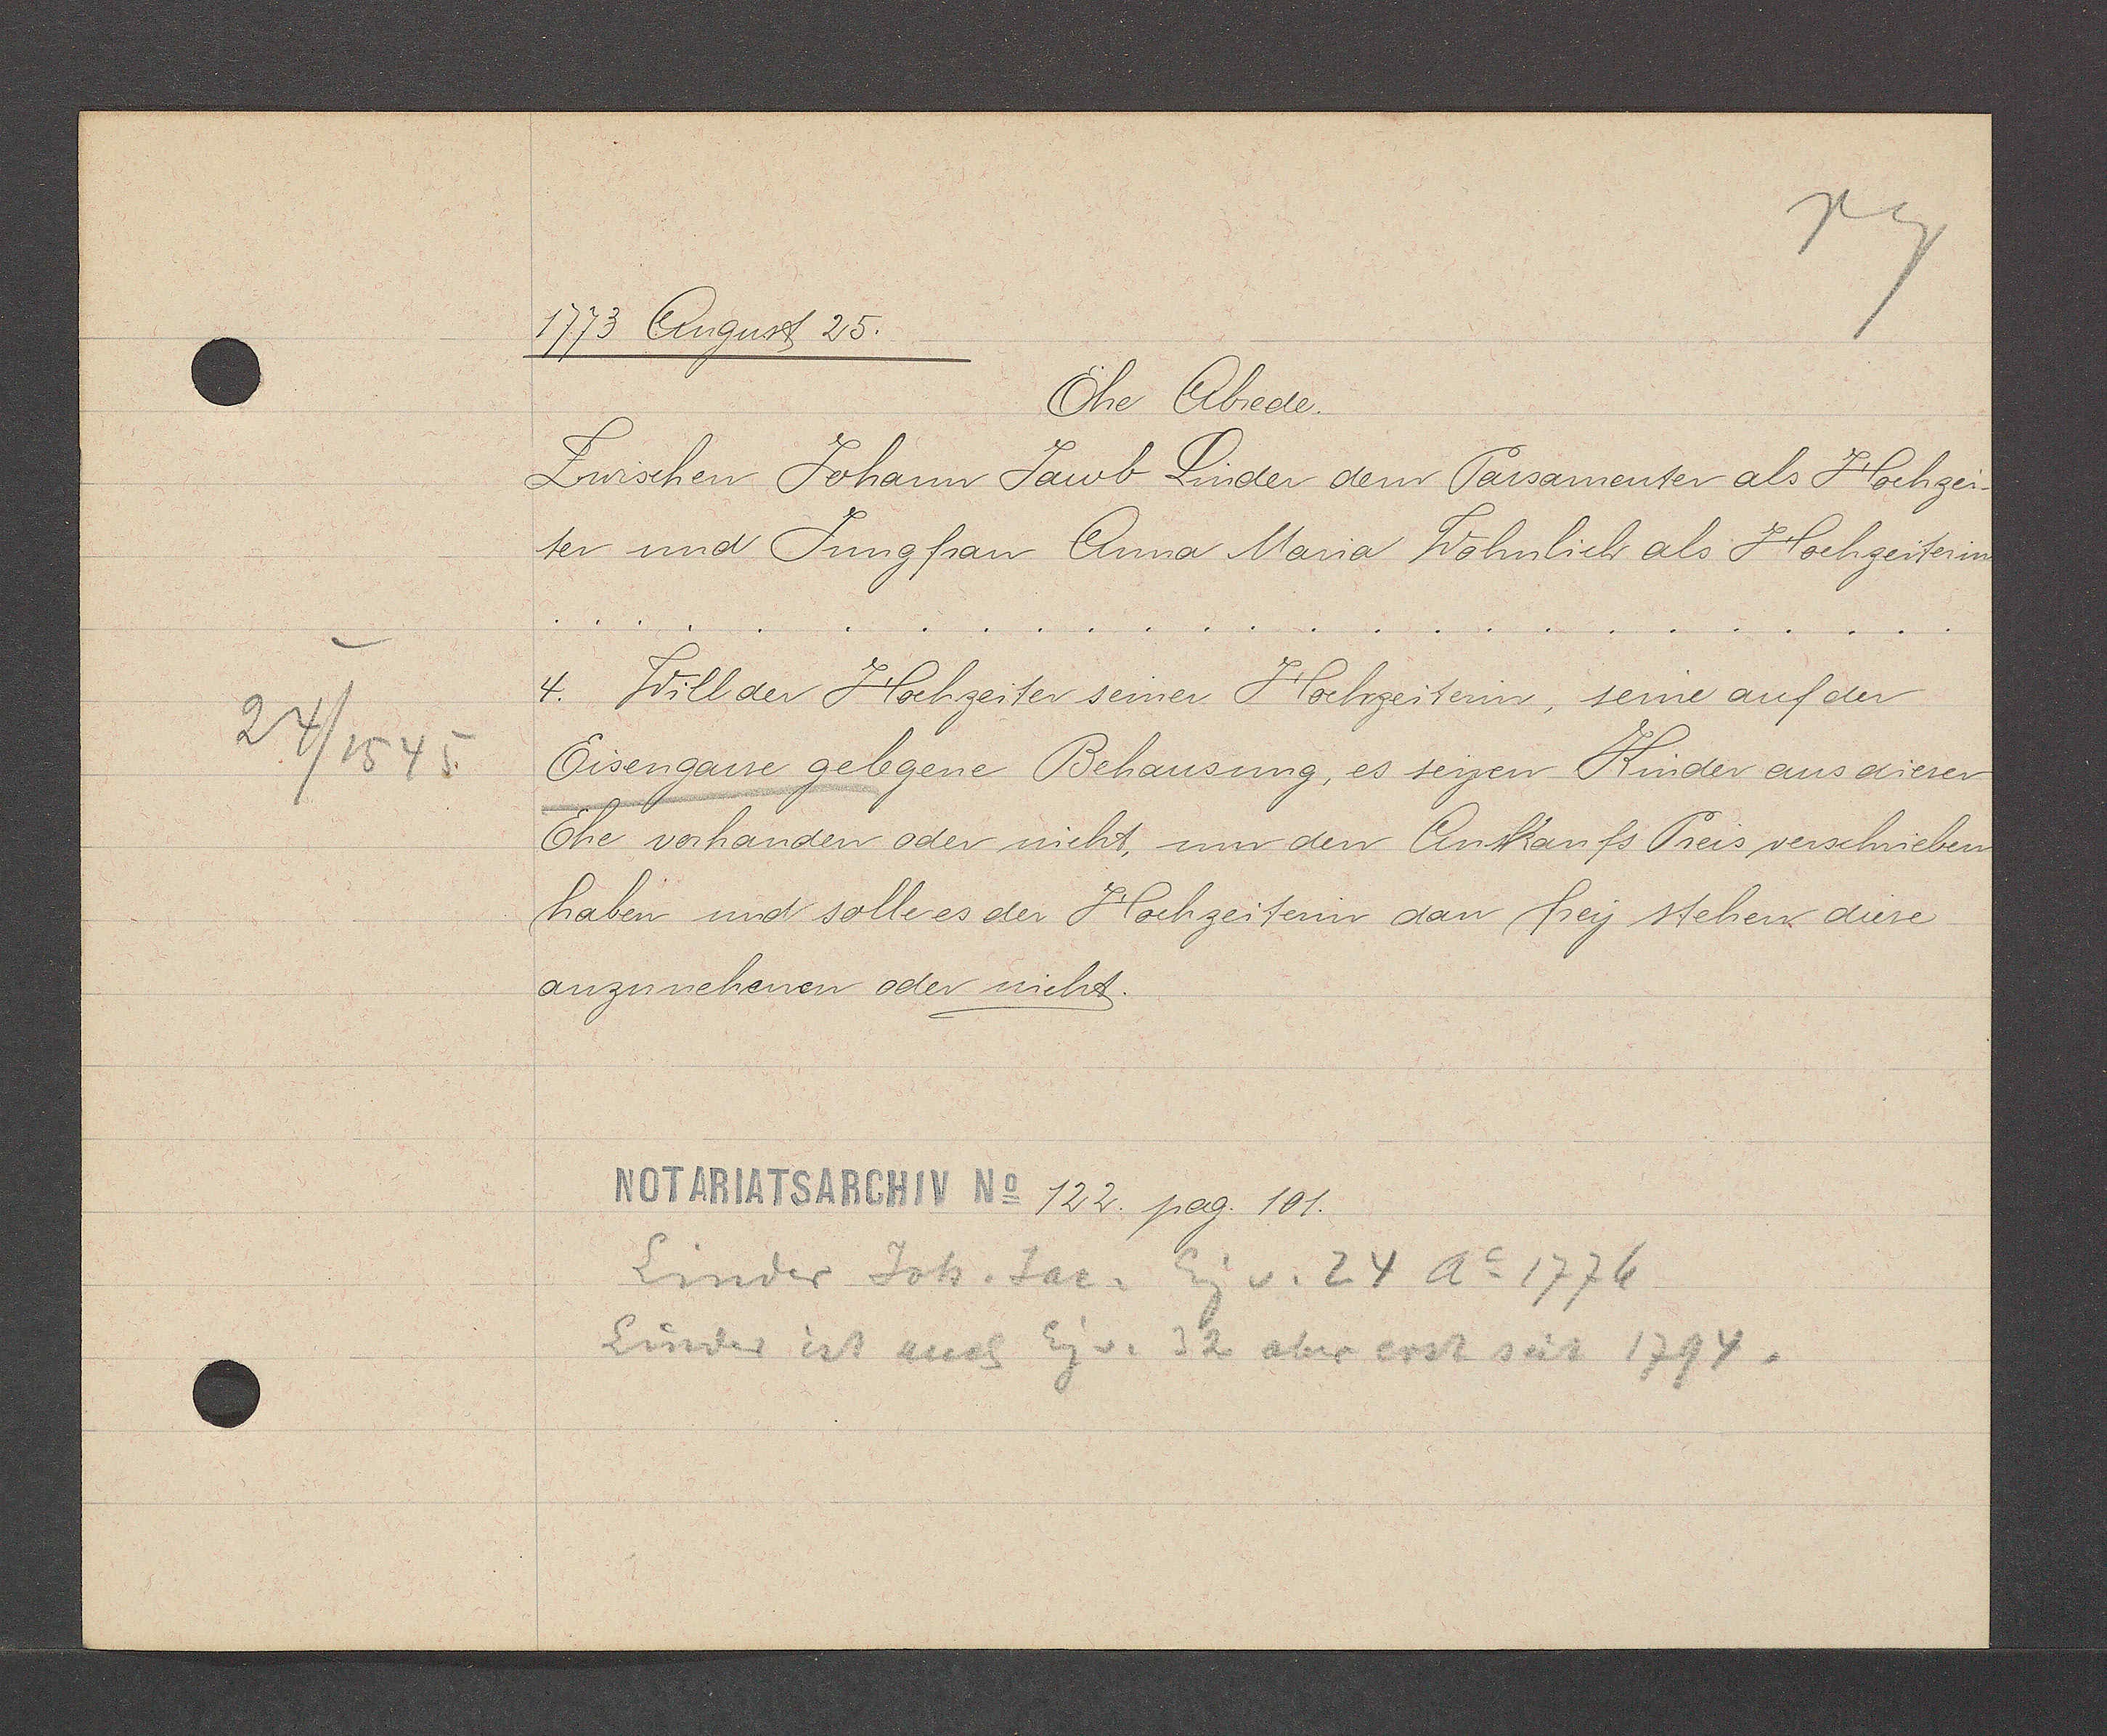
Transcript:
24/ 1545

1773 Angust 25.
Ehe Abede¬
Zwischen Johann Jacob Linder dem Parsamenter als Hochzei-
ter und Jungfrau Anna Maria Wohnlich als Hochzei-
4. Will der Hochzeiter seiner Hochzeitin, seine auf der
Eisengasse gelegene Behausung, es seyen Kinder aus dieser
Ehe verhanden oder nicht, um den Ankaufs Preis verschrieben
haben und solle es der Hochzeiterin dan frey stehen diese
anzunehenen oder nicht.
122. pag 101.
Linder Joh. Jac. Eg v. 24 A o 1776
Linder ist auch Eg. v. 32 aber erst seit 1794.